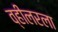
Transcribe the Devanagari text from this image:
व्हीलरला